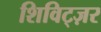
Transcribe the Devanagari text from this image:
शिविट्ज़र